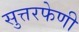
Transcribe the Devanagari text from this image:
सुत्तरफेणी